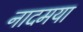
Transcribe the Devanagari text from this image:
नादमया